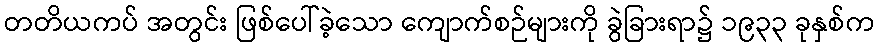
တတိယကပ် အတွင်း ဖြစ်ပေါ်ခဲ့သော ကျောက်စဉ်များကို ခွဲခြားရာ၌ ၁၉၃၃ ခုနှစ်က